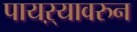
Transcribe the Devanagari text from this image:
पायऱ्यावरुन